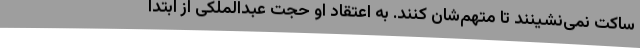
ساکت نمی‌نشینند تا متهم‌شان کنند. به اعتقاد او حجت عبدالملکی از ابتدا